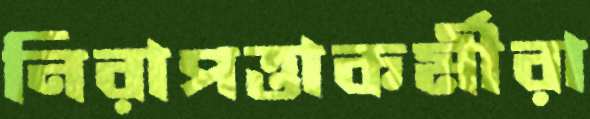
নিরাপত্তাকর্মীরা